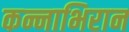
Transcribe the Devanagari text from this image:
कन्नाभिरान